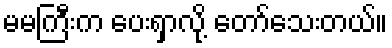
မမကြီးက ပေးရှာလို့ တော်သေးတယ်။